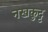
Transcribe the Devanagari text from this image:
नखकुट्ट